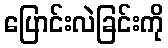
ပြောင်းလဲခြင်းကို